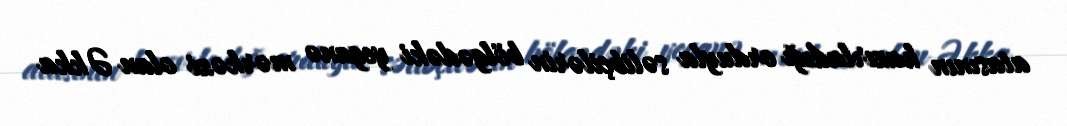
atasının hazırladığı orduyla səlibçilərin bölgədəki yeganə mərkəzi olan Əkka